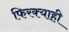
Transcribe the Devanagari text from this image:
फिरक्याही